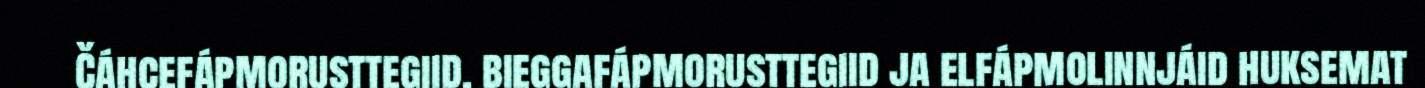
Čáhcefápmorusttegiid, bieggafápmorusttegiid ja elfápmolinnjáid huksemat